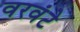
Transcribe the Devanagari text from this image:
वरवंटे